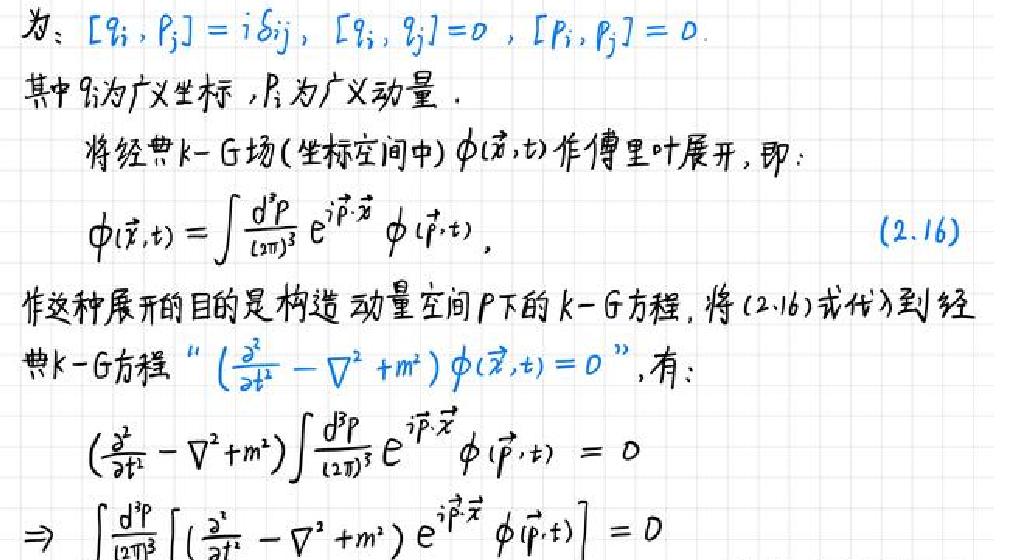
为：$[q_i, p_j] = i\delta_{ij}$, $[q_i, q_j] = 0$, $[p_i, p_j] = 0$.
其中$q_i$为广义坐标，$p_i$为广义动量.
将经典$k - G$场(坐标空间中)$\phi(\vec{x}, t)$作傅里叶展开，即：
\[
\phi(\vec{x}, t) = \int \frac{d^3 p}{(2\pi)^3} e^{i\vec{p} \cdot \vec{x}} \phi(\vec{p}, t)
\]
作这种展开的目的是构造动量空间$P$下的$k - G$方程，将(2.16)式代入到经典$k - G$方程“$(\frac{\partial^2}{\partial t^2} - \nabla^2 + m^2) \phi(\vec{x}, t) = 0$”，有：
\[
(\frac{\partial^2}{\partial t^2} - \nabla^2 + m^2) \int \frac{d^3 p}{(2\pi)^3} e^{i\vec{p} \cdot \vec{x}} \phi(\vec{p}, t) = 0
\]
\[
\Rightarrow \int \frac{d^3 p}{(2\pi)^3} [(\frac{\partial^2}{\partial t^2} - \nabla^2 + m^2) e^{i\vec{p} \cdot \vec{x}} \phi(\vec{p}, t)] = 0
\]